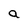
Character: a